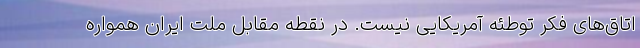
اتاق‌های فکر توطئه آمریکایی نیست. در نقطه مقابل ملت ایران همواره